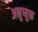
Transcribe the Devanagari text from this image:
अनुप्युक्त